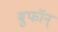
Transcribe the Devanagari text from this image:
बुफॉन्